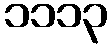
၁၁၁၃